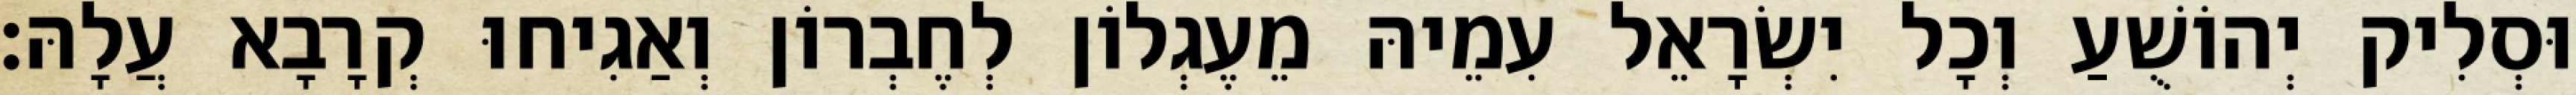
וּסְלִיק יְהוֹשֻׁעַ וְכָל יִשְׂרָאֵל עִמֵיהּ מֵעֶגְלוֹן לְחֶבְרוֹן וְאַגִיחוּ קְרָבָא עֲלָהּ׃